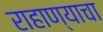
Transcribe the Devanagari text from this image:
राहाण्याचा